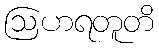
ဩဟရတူတိ